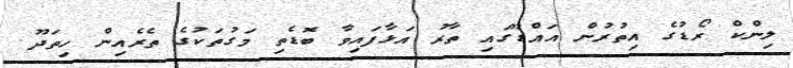
ލިންކް ރޯޑުގެ އިތުރުން އައްޑޫގައި ތާރު އަޅާފައިވާ ބޮޑެތި މަގުތަކުގެ ތެރެއިން ހިތަދޫ